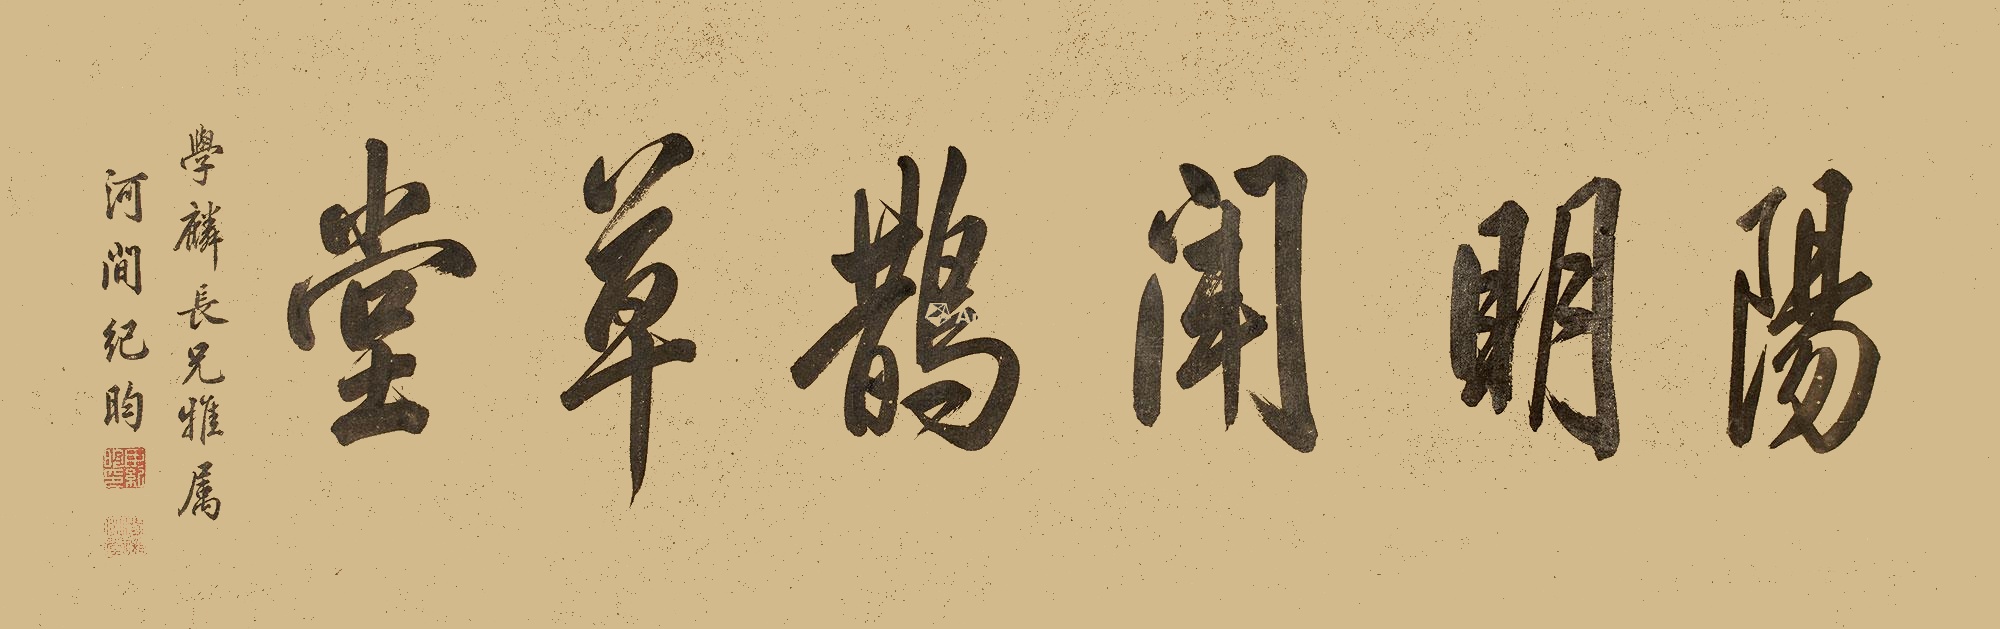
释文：阳明闻鹊草堂。学麟长兄雅属，河间纪昀。